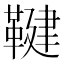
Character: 鞬